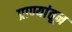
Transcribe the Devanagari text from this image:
प्राण्यांतून